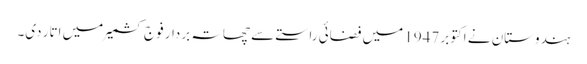
ہندوستان نے اکتوبر 1947 میں فضائی راستے سے چھاتہ بردار فوج کشمیر میں اتار دی۔